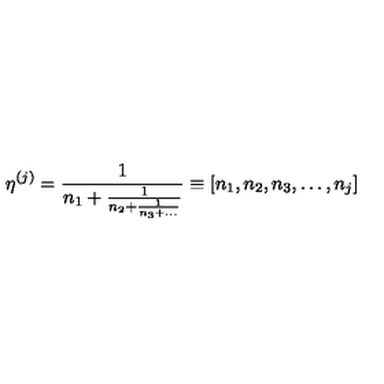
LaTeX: \eta ^ { ( j ) } = \frac { 1 } { n _ { 1 } + \frac { 1 } { n _ { 2 } + \frac { 1 } { n _ { 3 } + \ldots } } } \equiv [ n _ { 1 } , n _ { 2 } , n _ { 3 } , \ldots , n _ { j } ]